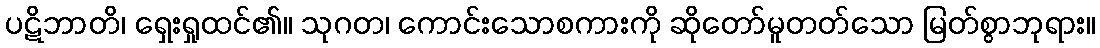
ပဋိဘာတိ၊ ရှေးရှုထင်၏။ သုဂတ၊ ကောင်းသောစကားကို ဆိုတော်မူတတ်သော မြတ်စွာဘုရား။